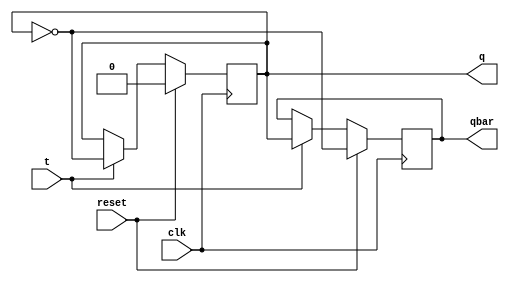
`timescale 1ns / 1ps
//////////////////////////////////////////////////////////////////////////////////
// Company: 
// Engineer: 
// 
// Design Name: 
// Module Name: t_ff
// Project Name: 
// Target Devices: 
// Tool Versions: 
// Description: 
// 
// Dependencies: 
// 
// Revision:
// Revision 0.01 - File Created
// Additional Comments:
// 
//////////////////////////////////////////////////////////////////////////////////


module t_ff(
    input t,
    input clk,
    input reset,
    output reg q,
    output reg qbar
    );
    
    initial q=0;
    always@(posedge clk)
    begin
    if(reset==1)
    begin
      q<=0;
      qbar=~q;
    end  
    
    else
    begin 
        if (t==1)
        begin
            q=~q;
            qbar=~q;
        end
        else 
        begin
            q=q;
        end
       
    end
    
    end
endmodule